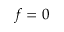
f = 0